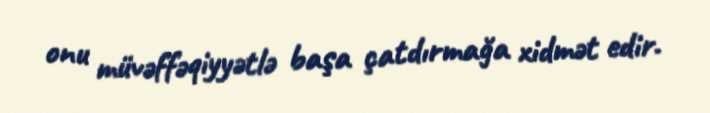
onu müvəffəqiyyətlə başa çatdırmağa xidmət edir.